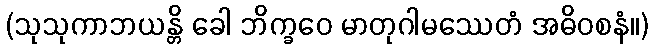
(သုသုကာဘယန္တိ ခေါ ဘိက္ခဝေ မာတုဂါမဿေတံ အဓိဝစနံ။)